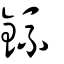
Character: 鋶